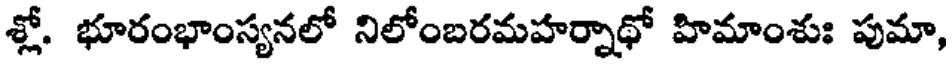
శ్లో. భూరంభాంస్యనలో నిలోంబరమహర్నాథో హిమాంశుః పుమా,